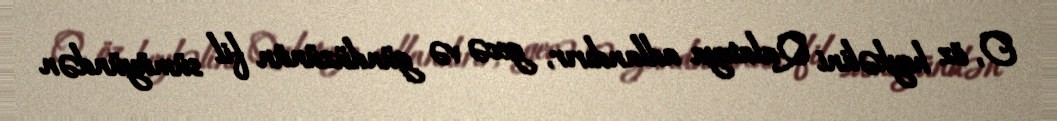
O, öz heykəlini Qalateya adlandırır, gecə və gündüzünün fil sümüyündən